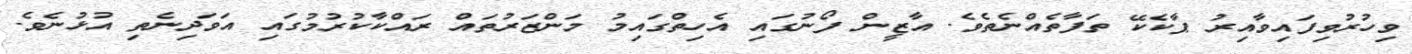
ވިހުރުވިފައިވާއިރު ޕާކެކޭ ތަފާތެއްނެތެވެ. އާޒީން ފޯނުގައި އެހިތްގައިމު މަންޒަރުތައް ރައްކާކުރުމުގައި އަވަދިނެތި އުޅުނެވެ.